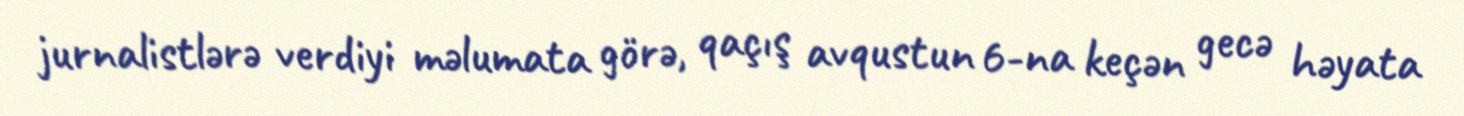
jurnalistlərə verdiyi məlumata görə, qaçış avqustun 6-na keçən gecə həyata